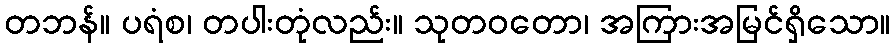
တဘန်။ ပရံစ၊ တပါးတုံလည်း။ သုတဝတော၊ အကြားအမြင်ရှိသော။